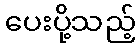
ပေးပို့သည့်